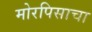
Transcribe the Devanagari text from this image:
मोरपिसाचा